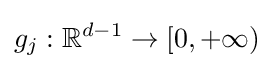
g_{j}:\mathbb {R} ^{d-1}\to [0,+\infty )